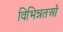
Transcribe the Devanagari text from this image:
विभिन्नतओं